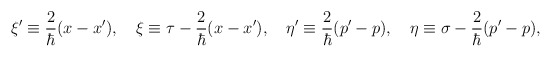
\begin{align*}\xi'\equiv {2\over \hbar} (x-x'), \quad\xi\equiv \tau- {2\over \hbar} (x-x'), \quad\eta'\equiv {2\over \hbar} (p'-p), \quad\eta\equiv \sigma- {2\over \hbar} (p'-p),\end{align*}